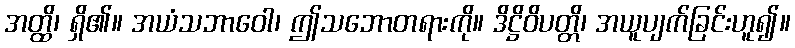
အတ္ထိ၊ ရှိ၏။ အယံသဘာဝေါ၊ ဤသဘောတရားကို။ ဒိဋ္ဌိဝိပတ္တိ၊ အယူပျက်ခြင်းဟူ၍။